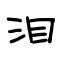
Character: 泪